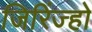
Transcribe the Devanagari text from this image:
जिरिंज्हो